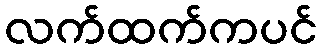
လက်ထက်ကပင်